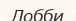
Лобби